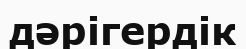
дәрігердік